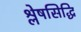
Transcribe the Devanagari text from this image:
श्लेषसिद्धि